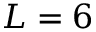
L = 6